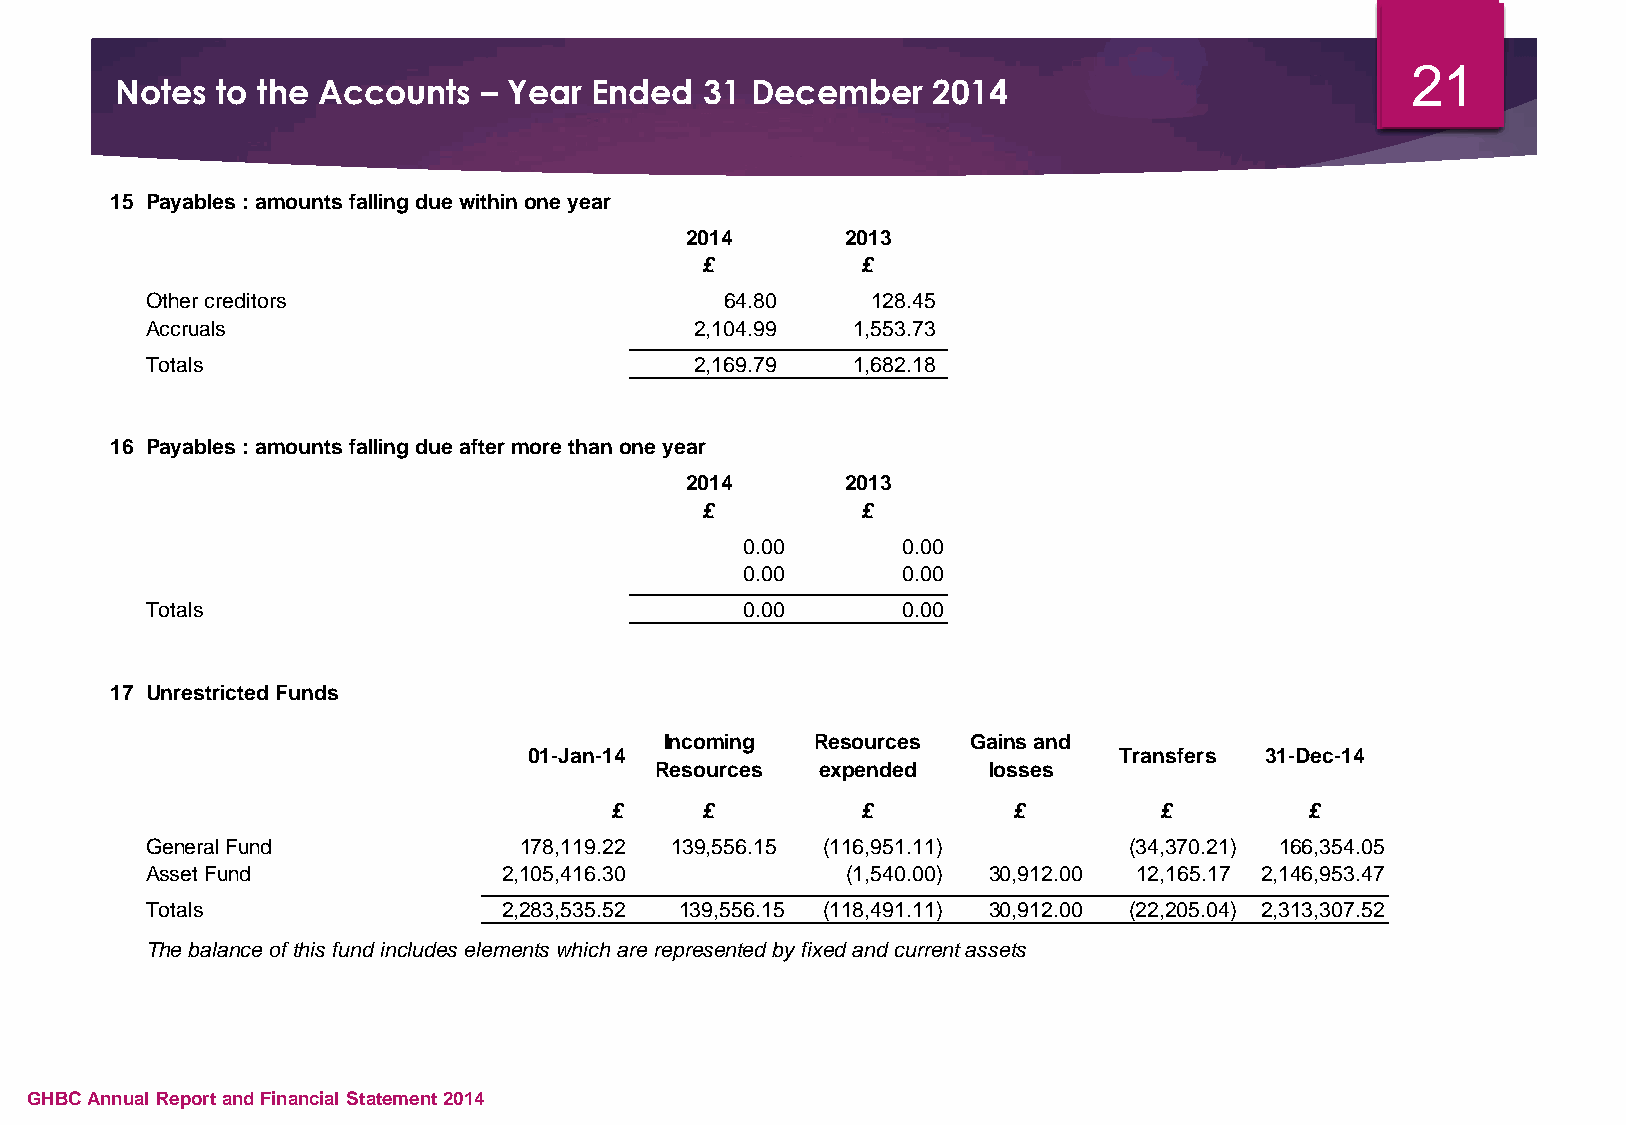
21
 Notes to the Accounts   – Year Ended   31 December    2014
 15 Payables : amounts falling due within one year
 2014       2013
 £          £
 Other creditors                       6 4.80    1 28.45
 Accruals                            2 ,104.99 1 ,553.73
 Totals                              2,169.79  1 ,682.18
 16 Payables : amounts falling due after more than one year
 2014       2013
 £          £
 0.00       0.00
 0.00       0.00
 Totals                                 0.00       0.00
 17 Unrestricted Funds
 Incoming  Resources Gains and
 01-Jan-14                              Transfers 31-Dec-14
 Resources  expended   losses
 £     £          £         £         £         £
 General Fund            178,119.22 139,556.15 (116,951.11)       (34,370.21) 166,354.05
 Asset Fund             2,105,416.30           (1,540.00) 30,912.00 12,165.17 2,146,953.47
 Totals                 2,283,535.52 139,556.15 (118,491.11) 30,912.00 (22,205.04) 2,313,307.52
 The balance of this fund includes elements which are represented by fixed and current assets
 GHBC Annual Report and Financial Statement 2014